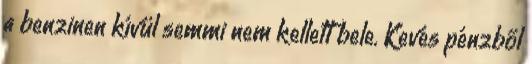
a benzinen kívül semmi nem kellett bele. Kevés pénzből